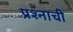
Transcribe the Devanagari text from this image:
प्रश्‍नाची